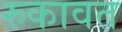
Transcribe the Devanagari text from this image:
रुकावत